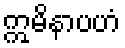
ဣမိနာပဟံ